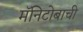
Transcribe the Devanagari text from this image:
मॅनिटोबाची